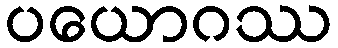
ပယောဂဿ